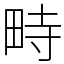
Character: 畤